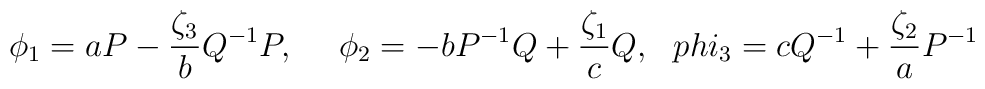
\phi_1 = aP - \frac{\zeta_3}{b} Q^{-1}P,\ \ \ \ \phi_2 = -b P^{-1}Q + \frac{\zeta_1}{c}Q,\ \ \ \\phi_3 = c Q^{-1} + \frac{\zeta_2}{a} P^{-1}